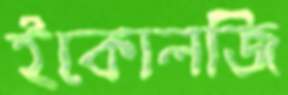
ইকোলজি